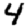
Digit: 4